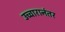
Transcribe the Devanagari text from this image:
उच्चारानंतर